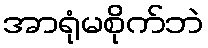
အာရုံမစိုက်ဘဲ